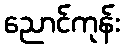
ညောင်ကုန်း